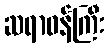
ဆရာဝန်ကြီး